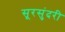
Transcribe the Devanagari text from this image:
सूरसुंदरी